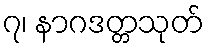
၇၊ နာဂဒတ္တသုတ်